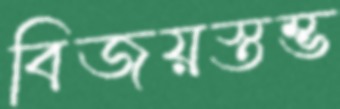
বিজয়স্তম্ভ